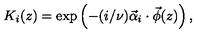
K _ { i } ( z ) = \exp \left( - ( i / \nu ) \vec { \alpha } _ { i } \cdot \vec { \phi } ( z ) \right) ,